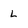
Character: L